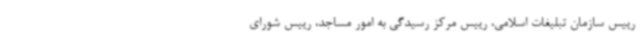
رییس سازمان تبلیغات اسلامی، رییس مرکز رسیدگی به امور مساجد، رییس شورای